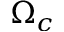
\Omega _ { c }